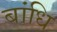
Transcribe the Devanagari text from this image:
बांधि